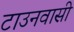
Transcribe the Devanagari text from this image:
टाउनवासी